Indian journal of veterinary science and animal husbandry - Volumes 15-17, 1948-1951
Year: 1948
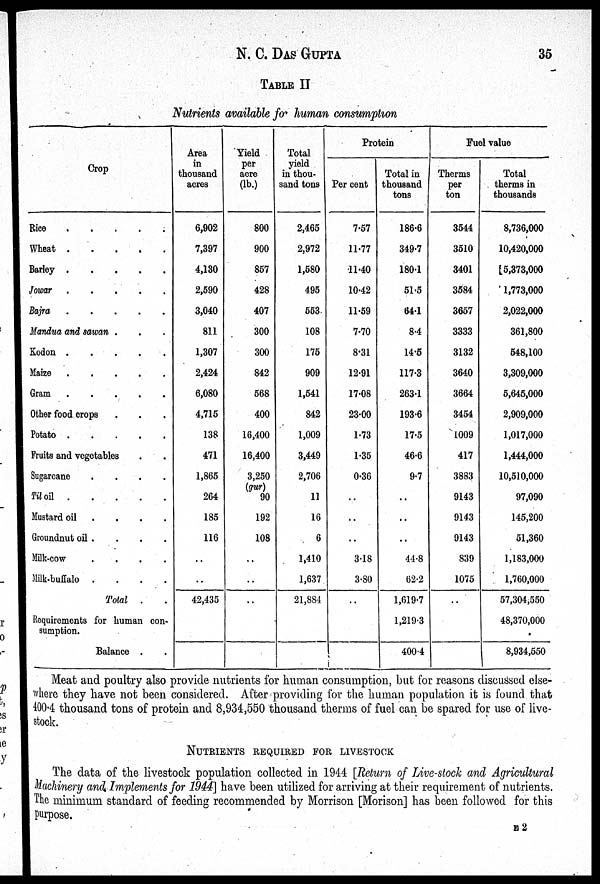
N. C.
DAS
GUPTA
35
TABLE II
Nutrients available for human consumption
Crop
Rice . . . . .
Wheat . . . . .
Barley . . . . .
Jowar . . . . .
Bajra . . . . .
Mandua and sawan . . .
Kodon . . . . .
Maize . . . . .
Gram . . . . .
Other food crops . . .
Potato . . . . .
Fruits and vegetables . .
Sugarcane . . . . .
Til oil . . . . .
Mustard oil . . . . .
Groundnut oil . . . . .
Milk-cow . . . . .
Milk-buffalo . . . . .
Total . .
Requirements for human con-
sumption.
Balance . .
Area
in
thousand
acres
6,902
7,397
4,130
2,590
3,040
811
1,307
2,424
6,080
4,715
138
471
1,865
264
185
116
..
..
42,435
Yield
per
acre
(lb.)
800
900
857
428
407
300
300
842
568
400
16,400
16,400
3,250
(gur)
90
192
108
..
..
Total
yield
in thou-
sand tons
2,465
2,972
1,580
495
553
108
175
909
1,541
842
1,009
3,449
2,706
11
16
6
1,410
1,637
21,884
Protein
Per cent
7.57
11.77
11.40
10.42
11.59
7.70
8.31
12.91
17.08
23.00
1.73
1.35
0.36
..
..
3.18
3.80
..
Total in
thousand
tons
186.6
349.7
180.1
51.5
64.1
8.4
14.5
117.3
263.1
193.6
17.5
46.6
9.7
..
..
..
44.8
62.2
1,619.7
1,219.3
400.4
Fuel value
Therms
per
ton
3544
3510
3401
3584
3657
3333
3132
3640
3664
3454
1009
417
3883
9143
9143
9143
839
1075
Total
therms in
thousands
8,736,000
10,420,000
5,373,000
1,773,000
2,022,000
361,800
548,100
3,309,000
5,645,000
2,909,000
1,017,000
1,444,000
10,510,000
97,090
145,200
51,360
1,183,000
1,760,000
57,304,550
48,370,000
8,934,550
Meat and poultry also provide nutrients for human consumption, but for reasons discussed else-
where they have not been considered. After providing for the human population it is found that
400.4 thousand tons of protein and 8,934,550 thousand therms of fuel can be spared for use of live-
stock.
NUTRIENTS REQUIRES FOR LIVESTOCK
The data of the livestock population collected in 1944 [Return of Live-stock and Agricultural
Machinery and Implements for 1944] have been utilized for arriving at their requirement of nutrients.
The minimum standard of feeding recommended by Morrison [Morison] has been followed for this
purpose.
E 2